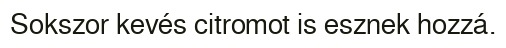
Sokszor kevés citromot is esznek hozzá.